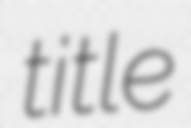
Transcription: title